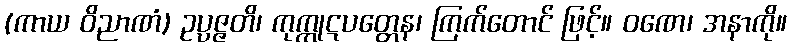
(ကာယ ဝိညာဏံ) ဥပ္ပဇ္ဇတိ၊ ကုက္ကုဋပတ္တေန၊ ကြက်တောင် ဖြင့်။ ဝဏေ၊ အနာကို။